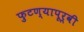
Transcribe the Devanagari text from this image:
फुटण्यापूर्वी